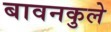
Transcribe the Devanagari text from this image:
बावनकुले